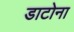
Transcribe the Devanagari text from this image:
डाटोना